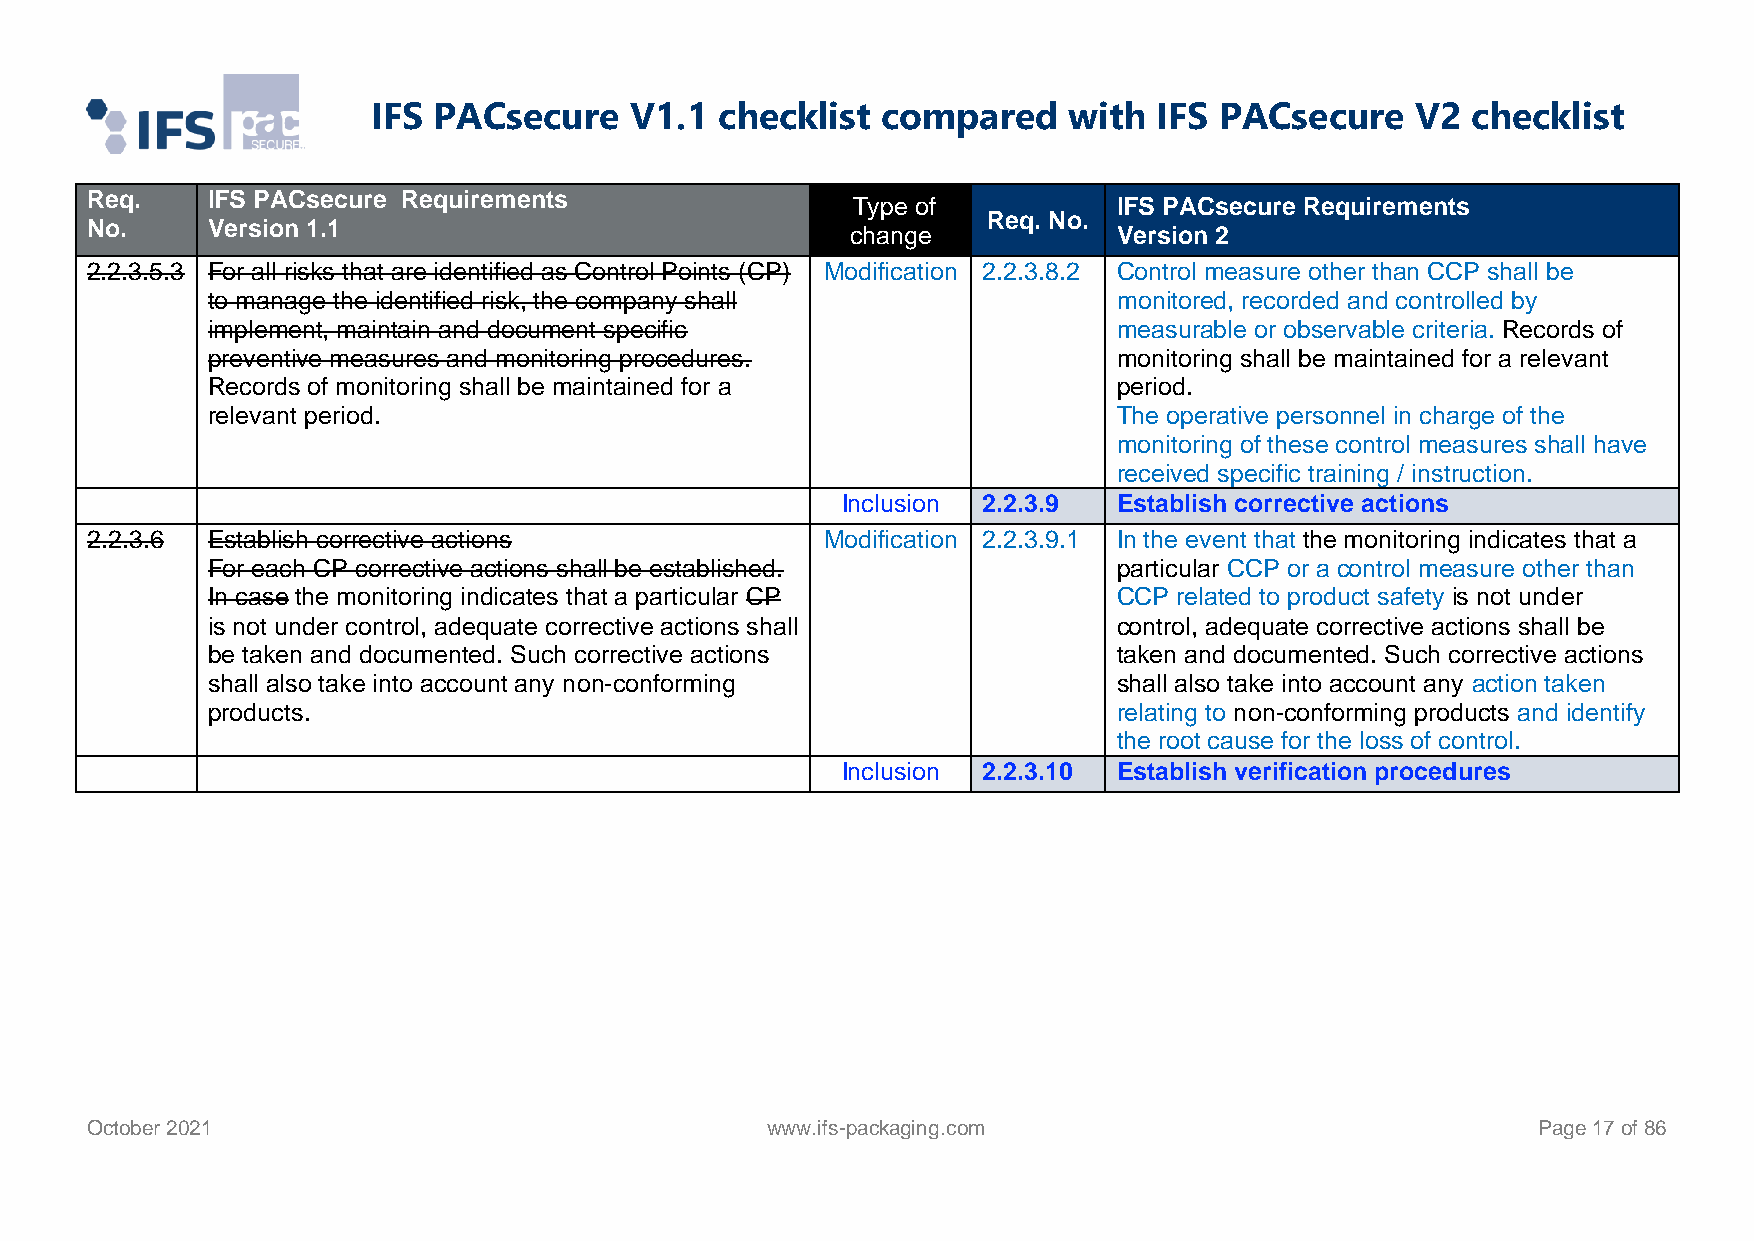
IFS PACsecure    V1.1  checklist compared     with  IFS PACsecure    V2 checklist
 Req.    IFS PACsecure Requirements
 Type of           IFS PACsecure Requirements
 Req. No.
 No.     Version 1.1                               change            Version 2
 2.2.3.5.3 For all risks that are identified as Control Points (CP) Modification 2.2.3.8.2 Control measure other than CCP shall be
 to manage the identified risk, the company shall            monitored, recorded and controlled by
 implement, maintain and document specific                   measurable or observable criteria. Records of
 preventive measures and monitoring procedures.              monitoring shall be maintained for a relevant
 Records of monitoring shall be maintained for a             period.
 relevant period.                                            The operative personnel in charge of the
 monitoring of these control measures shall have
 received specific training / instruction.
 Inclusion 2.2.3.9 Establish corrective actions
 2.2.3.6 Establish corrective actions             Modification 2.2.3.9.1 In the event that the monitoring indicates that a
 For each CP corrective actions shall be established.        particular CCP or a control measure other than
 In case the monitoring indicates that a particular CP       CCP related to product safety is not under
 is not under control, adequate corrective actions shall     control, adequate corrective actions shall be
 be taken and documented. Such corrective actions            taken and documented. Such corrective actions
 shall also take into account any non-conforming             shall also take into account any action taken
 products.                                                   relating to non-conforming products and identify
 the root cause for the loss of control.
 Inclusion 2.2.3.10 Establish verification procedures
 October 2021                                 www.ifs-packaging.com                              Page 17 of 86